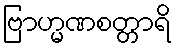
ဗြာဟ္မဏစတ္တာရိ